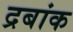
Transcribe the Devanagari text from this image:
द्रबांक